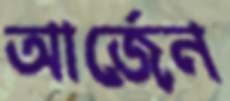
আর্জেন